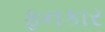
ફનકાર